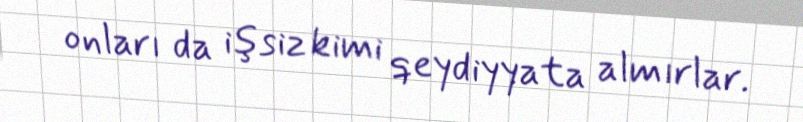
onları da işsiz kimi qeydiyyata almırlar.